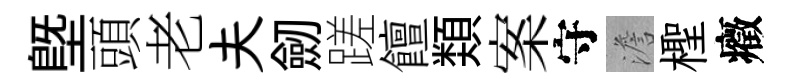
塈頭老夫劒蹉饘𩔖案守澹檉癥